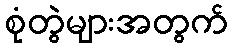
စုံတွဲများအတွက်